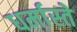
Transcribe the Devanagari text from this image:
धर्मास्ते